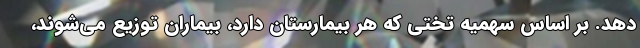
دهد. بر اساس سهمیه تختی که هر بیمارستان دارد، بیماران توزیع می‌شوند،